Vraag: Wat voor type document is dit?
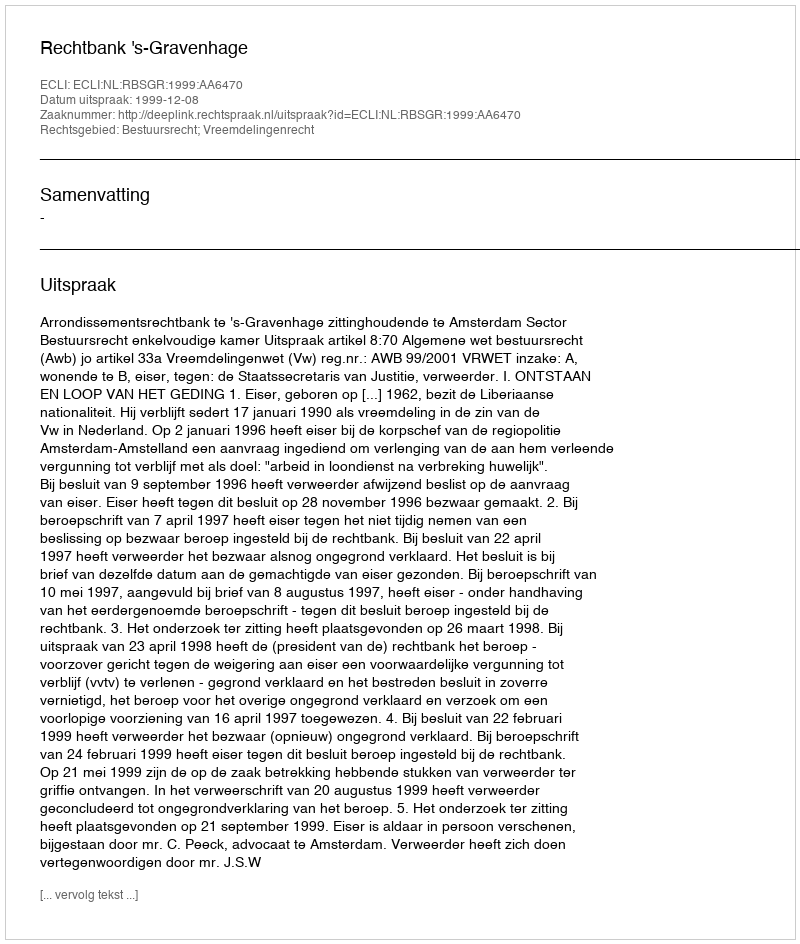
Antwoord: Uitspraak